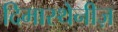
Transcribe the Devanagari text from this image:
दिमास्थेनीज़